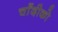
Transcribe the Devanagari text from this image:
चाँदीको